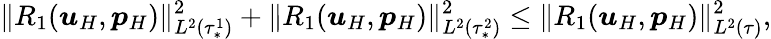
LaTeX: \| R_{1}(\boldsymbol{u}_{H},\boldsymbol{p}_{H})\| _{L^{2}(\tau_{*}^{1})}^{2}+\| R_{1}(\boldsymbol{u}_{H},\boldsymbol{p}_{H})\| _{L^{2}(\tau_{*}^{2})}^{2}\leq\| R_{1}(\boldsymbol{u}_{H},\boldsymbol{p}_{H})\| _{L^{2}(\tau)}^{2},